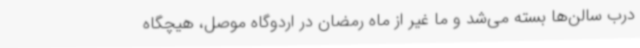
درب سالن‌ها بسته می‌شد و ما غیر از ماه رمضان در اردوگاه موصل، هیچگاه